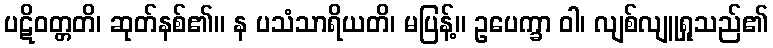
ပဋိဝတ္တတိ၊ ဆုတ်နစ်၏။ န ပသံသာရိယတိ၊ မပြန့်။ ဥပေက္ခာ ဝါ၊ လျစ်လျူရှုသည်၏